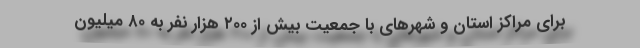
برای مراکز استان و شهرهای با جمعیت بیش از ۲۰۰ هزار نفر به ۸۰ میلیون